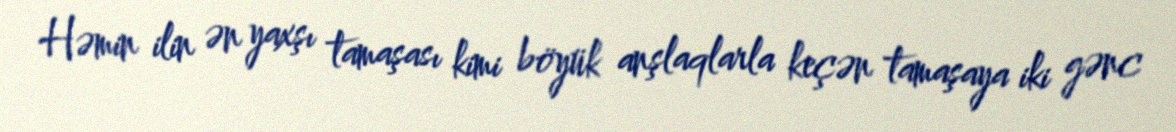
Həmin ilin ən yaxşı tamaşası kimi böyük anşlaqlarla keçən tamaşaya iki gənc